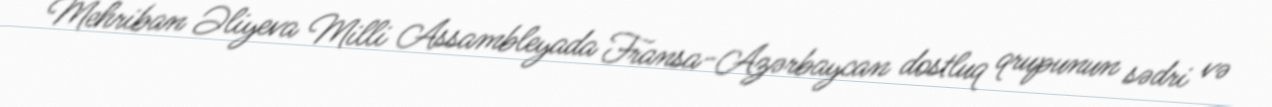
Mehriban Əliyeva Milli Assambleyada Fransa-Azərbaycan dostluq qrupunun sədri və